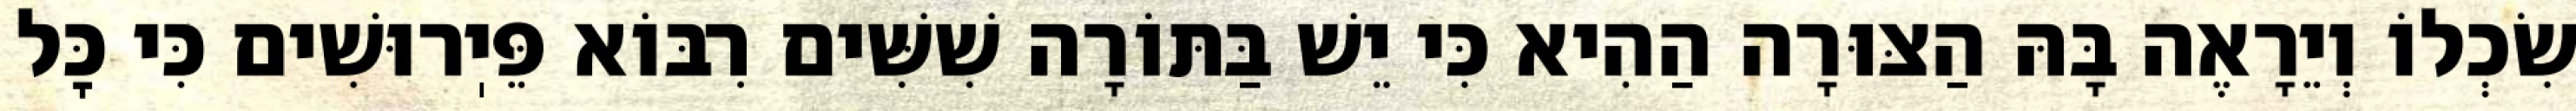
שִׂכְלוֹ וְיֵרָאֶה בָּהּ הַצּוּרָה הַהִיא כִּי יֵשׁ בַּתּוֹרָה שִׁשִּׁים רִבּוֹא פֵּיֽרוּשִׁים כִּי כׇּל